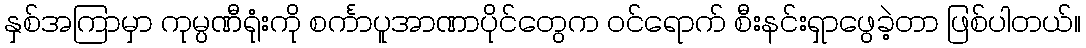
နှစ်အကြာမှာ ကုမ္ပဏီရုံးကို စင်္ကာပူအာဏာပိုင်တွေက ဝင်ရောက် စီးနင်းရှာဖွေခဲ့တာ ဖြစ်ပါတယ်။